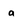
Character: a